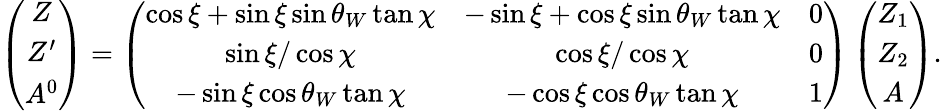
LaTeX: \left(\begin{array}{c}{{Z}}\\ {{Z^{\prime}}}\\ {{A^{0}}}\end{array}\right)=\left(\begin{array}{ccc}{{\cos\xi+\sin\xi\sin\theta_{W}\tan\chi}}&{{-\sin\xi+\cos\xi\sin\theta_{W}\tan\chi}}&{{0}}\\ {{\sin\xi/\cos\chi}}&{{\cos\xi/\cos\chi}}&{{0}}\\ {{-\sin\xi\cos\theta_{W}\tan\chi}}&{{-\cos\xi\cos\theta_{W}\tan\chi}}&{{1}}\end{array}\right)\left(\begin{array}{c}{{{Z_{1}}}}\\ {{{Z_{2}}}}\\ {{{A}}}\end{array}\right).